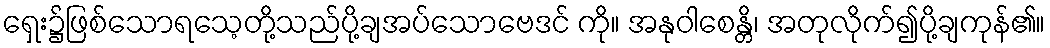
ရှေး၌ဖြစ်သောရသေ့တို့သည်ပို့ချအပ်သောဗေဒင် ကို။ အနုဝါစေန္တိ၊ အတုလိုက်၍ပို့ချကုန်၏။